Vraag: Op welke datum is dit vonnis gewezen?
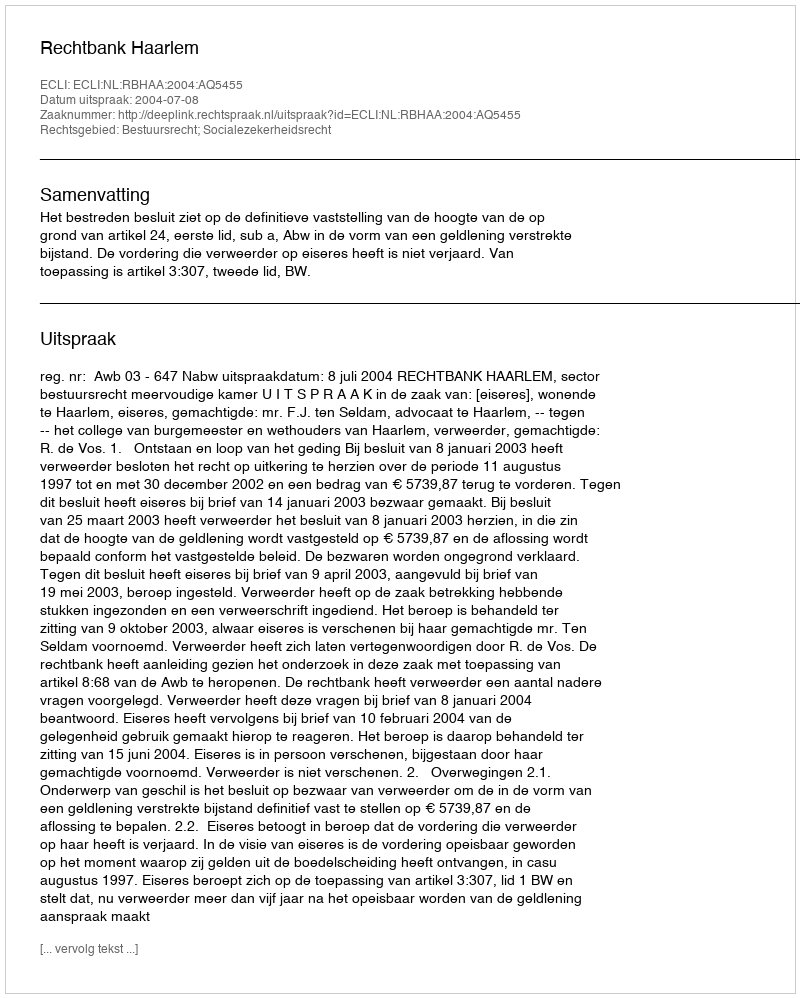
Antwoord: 2004-07-08